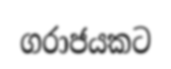
ගරාජයකට